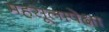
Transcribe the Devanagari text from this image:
महसूलापेक्षा